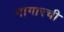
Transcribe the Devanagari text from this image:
नागारची